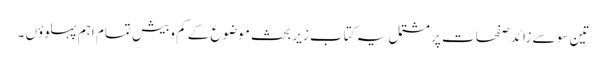
تین سو سے زائد صفحات پر مشتمل یہ کتاب زیر بحث موضوع کے کم وبیش تمام اہم پہلوؤں ۔